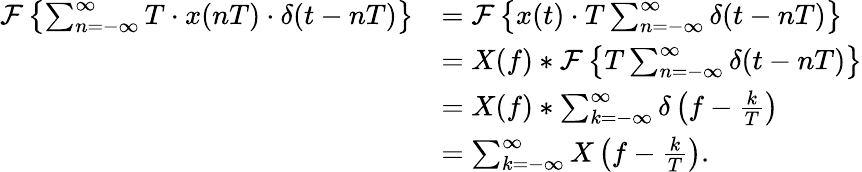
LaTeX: {\begin{array}{rl}{{\mathcal{F}}\left\{ \sum_{n=-\infty}^{\infty}T\cdot x(nT)\cdot\delta(t-nT)\right\} }&{={\mathcal{F}}\left\{ x(t)\cdot T\sum_{n=-\infty}^{\infty}\delta(t-nT)\right\} }\\ &{=X(f)*{\mathcal{F}}\left\{ T\sum_{n=-\infty}^{\infty}\delta(t-nT)\right\} }\\ &{=X(f)*\sum_{k=-\infty}^{\infty}\delta\left(f-{\frac{k}{T}}\right)}\\ &{=\sum_{k=-\infty}^{\infty}X\left(f-{\frac{k}{T}}\right).}\end{array}}